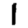
Digit: 1